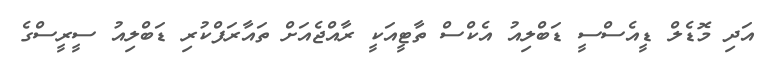
އަދި މޮޑެލް ޑީއެސްސީ ޑަބްލިއު އެކްސް ތާޓީއަކީ ރާއްޖެއަށް ތައާރަފްކުރި ޑަބްލިއު ސީރީސްގެ